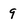
Character: 9